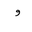
Letter: _waw